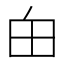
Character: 甶